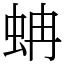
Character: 蚺